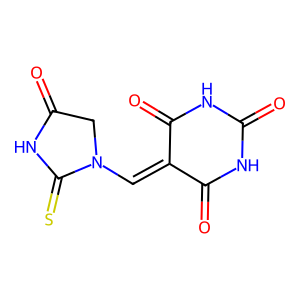
SMILES: O=C1CN(C=C2C(=O)NC(=O)NC2=O)C(=S)N1
Inhibits HIV replication: No